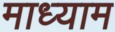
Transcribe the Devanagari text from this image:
माध्याम